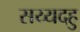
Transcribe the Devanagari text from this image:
सय्यदहु